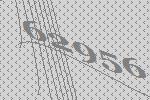
62956